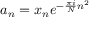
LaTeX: a _ { n } = x _ { n } e ^ { - { \frac { \pi i } { N } } n ^ { 2 } }